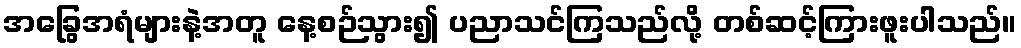
အခြွေအရံများနဲ့အတူ နေ့စဉ်သွား၍ ပညာသင်ကြသည်လို့ တစ်ဆင့်ကြားဖူးပါသည်။